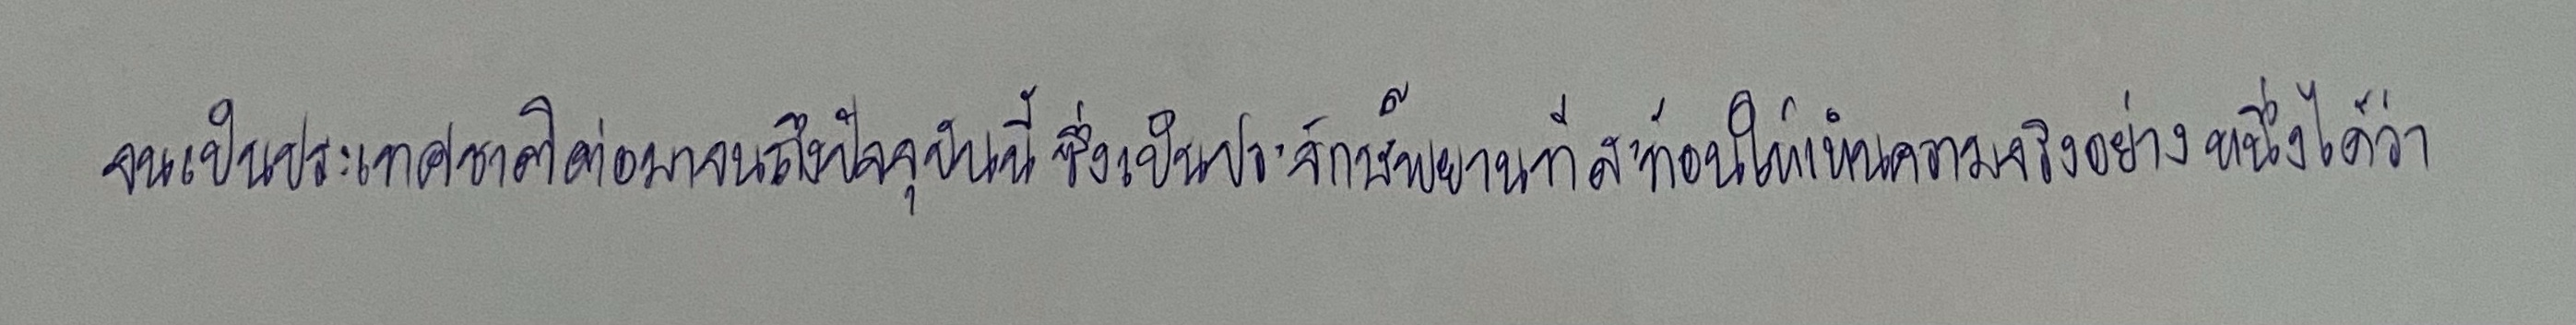
จนเป็นประเทศชาติต่อมาจนถึงปัจจุบันนี้ซึ่งเป็นประจักษ์พยานที่สะท้อนให้เห็นความจริงอย่างหนึ่งได้ว่า